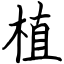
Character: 植